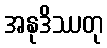
အနုဒိဿတု